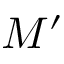
M ^ { \prime }